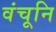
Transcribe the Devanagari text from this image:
वंचूनि